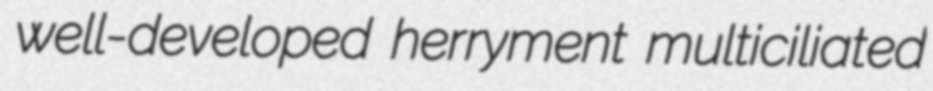
well-developed herryment multiciliated